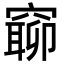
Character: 窷